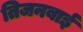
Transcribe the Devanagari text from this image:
तिजनबाई